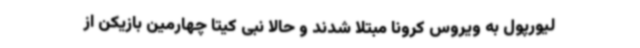
لیورپول به ویروس کرونا مبتلا شدند و حالا نبی کیتا چهارمین بازیکن از